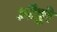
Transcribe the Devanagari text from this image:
औट्टो